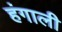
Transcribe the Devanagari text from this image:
हंगाली